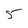
Character: 5